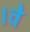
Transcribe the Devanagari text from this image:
।वे